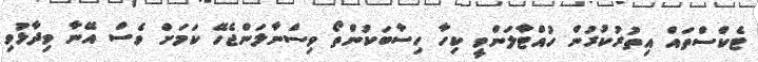
ޓެކްސްތައް އިތުރުކުރުން ހުއްޓާލަންވީ ކިހާ ހިސާބަކުންތޯ ވިސްނާލަންޖެހޭ ކަމަށް ވެސް އޭނާ ވިދާޅުވި